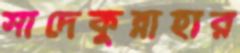
সাদেকুন্নাহার